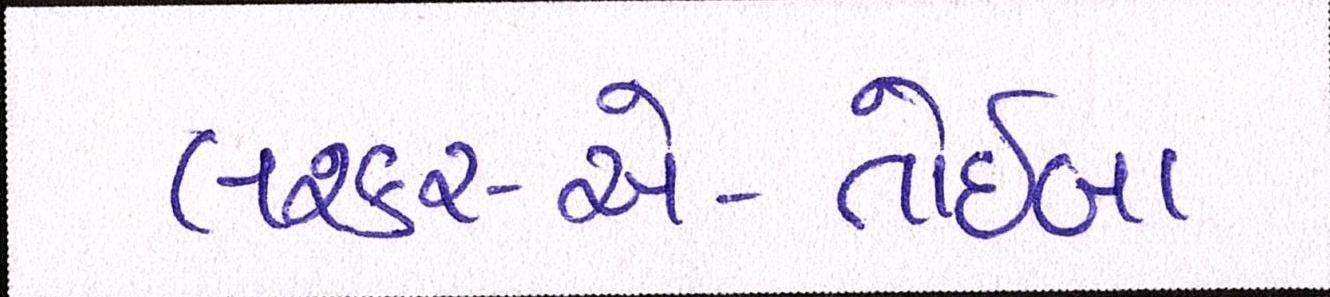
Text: લશ્કર-એ-તોઈબા